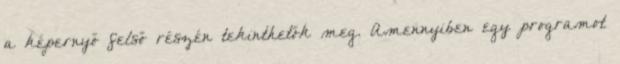
a képernyő felső részén tekinthetők meg. Amennyiben egy programot